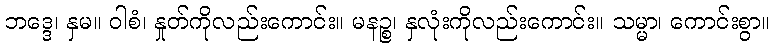
ဘဒ္ဒေ၊ နှမ။ ဝါစံ၊ နှုတ်ကိုလည်းကောင်း။ မနဉ္စ၊ နှလုံးကိုလည်းကောင်း။ သမ္မာ၊ ကောင်းစွာ။